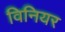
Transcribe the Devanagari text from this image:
विनियर